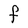
Character: F